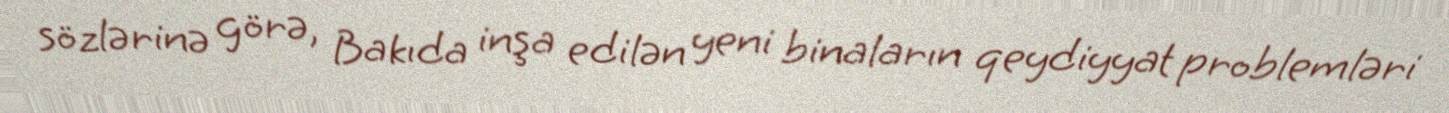
sözlərinə görə, Bakıda inşa edilən yeni binaların qeydiyyat problemləri